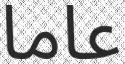
عاما